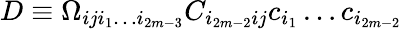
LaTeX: D\equiv\Omega_{iji_{1}\dots i_{2m-3}}C_{i_{2m-2}ij}c_{i_{1}}\dots c_{i_{2m-2}}